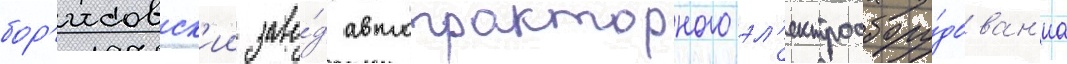
бор'исовск'ии заво́д автотракторного эл'ектрообору́дован'иа